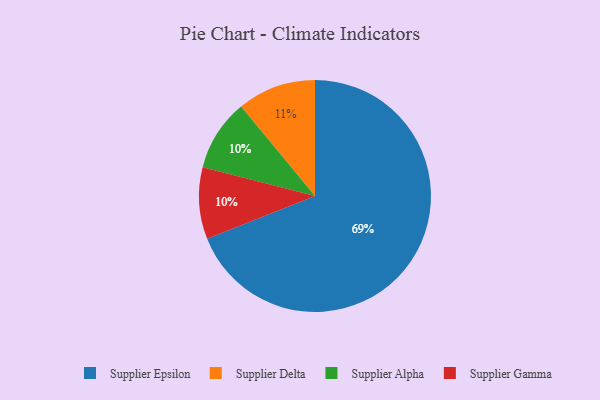
{"axis": {"x": "Category", "y": "Percentage"}, "legend": ["Supplier Alpha", "Supplier Delta", "Supplier Epsilon", "Supplier Gamma"], "data": [{"x": "Supplier Epsilon", "y": 69, "type": "Supplier Epsilon"}, {"x": "Supplier Alpha", "y": 10, "type": "Supplier Alpha"}, {"x": "Supplier Gamma", "y": 10, "type": "Supplier Gamma"}, {"x": "Supplier Delta", "y": 11, "type": "Supplier Delta"}]}